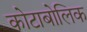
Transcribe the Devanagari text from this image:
कोटाबोलिक